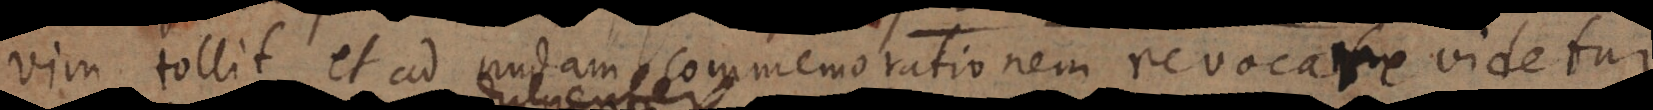
im tollit, et ad nudam commemorationem revocare videtur,